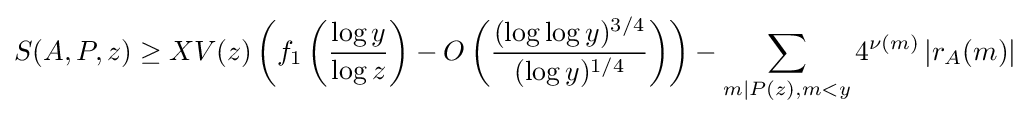
S(A,P,z)\geq XV(z)\left(f_{1}\left({\frac {\log y}{\log z}}\right)-O\left({\frac {(\log \log y)^{3/4}}{(\log y)^{1/4}}}\right)\right)-\sum _{m|P(z),m<y}4^{\nu (m)}\left|r_{A}(m)\right|